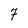
Character: 7